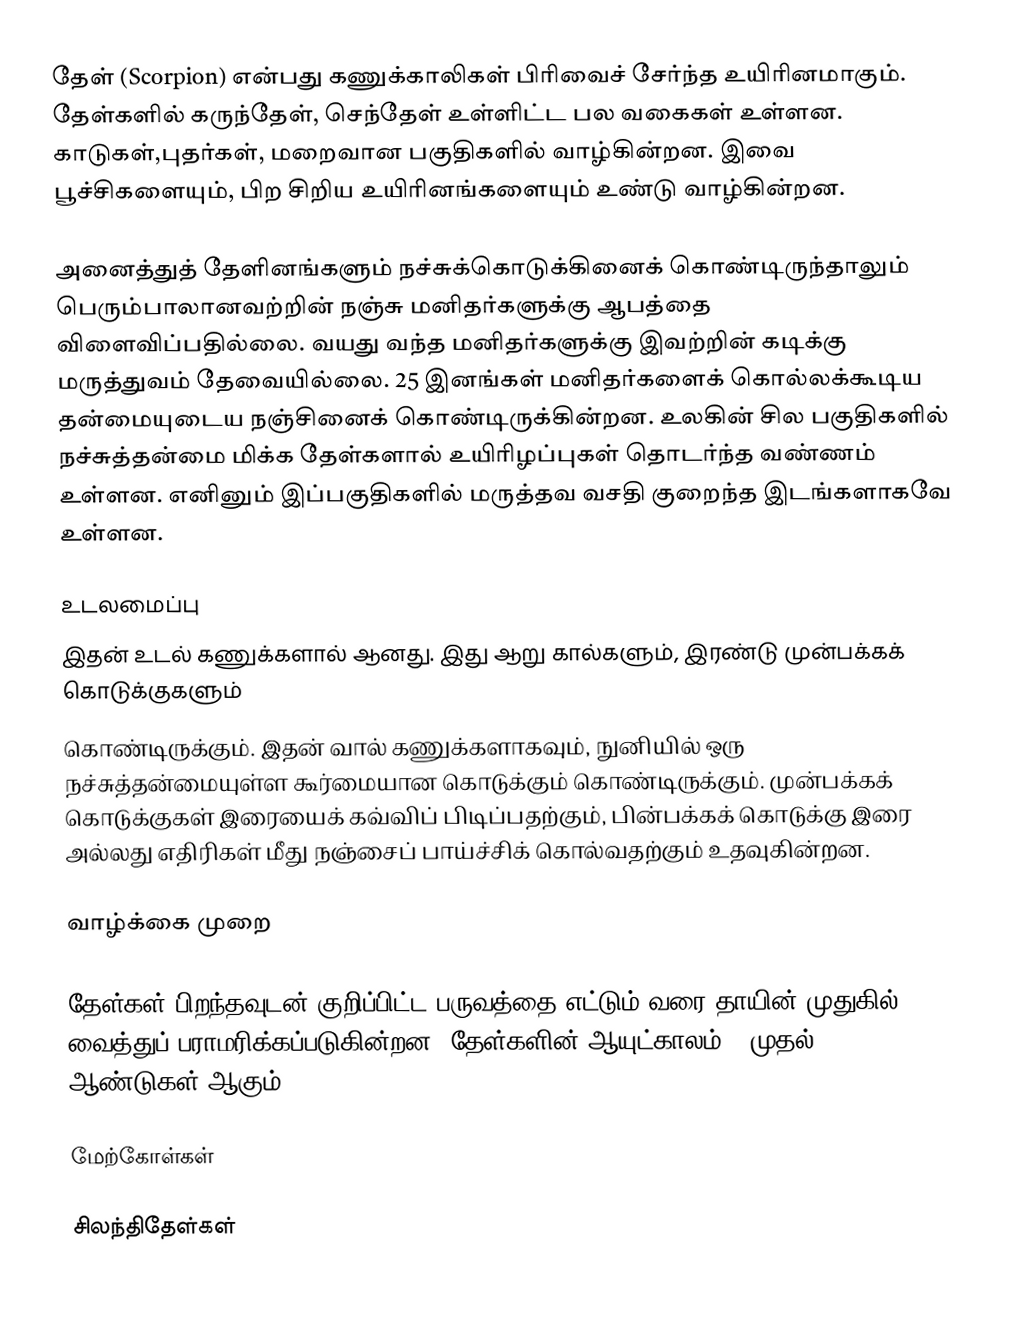
தேள் (Scorpion)  என்பது கணுக்காலிகள் பிரிவைச் சேர்ந்த உயிரினமாகும். தேள்களில் கருந்தேள், செந்தேள் உள்ளிட்ட பல வகைகள் உள்ளன. காடுகள்,புதர்கள், மறைவான பகுதிகளில் வாழ்கின்றன. இவை பூச்சிகளையும், பிற சிறிய உயிரினங்களையும் உண்டு வாழ்கின்றன.

அனைத்துத் தேளினங்களும் நச்சுக்கொடுக்கினைக் கொண்டிருந்தாலும் பெரும்பாலானவற்றின் நஞ்சு மனிதர்களுக்கு ஆபத்தை விளைவிப்பதில்லை. வயது வந்த மனிதர்களுக்கு இவற்றின் கடிக்கு மருத்துவம் தேவையில்லை. 25 இனங்கள் மனிதர்களைக் கொல்லக்கூடிய தன்மையுடைய நஞ்சினைக் கொண்டிருக்கின்றன. உலகின் சில பகுதிகளில் நச்சுத்தன்மை மிக்க தேள்களால் உயிரிழப்புகள் தொடர்ந்த வண்ணம் உள்ளன. எனினும் இப்பகுதிகளில் மருத்தவ வசதி குறைந்த இடங்களாகவே உள்ளன.

உடலமைப்பு
இதன் உடல் கணுக்களால் ஆனது. இது ஆறு கால்களும், இரண்டு முன்பக்கக் கொடுக்குகளும்
கொண்டிருக்கும். இதன் வால் கணுக்களாகவும், நுனியில் ஒரு நச்சுத்தன்மையுள்ள கூர்மையான கொடுக்கும் கொண்டிருக்கும். முன்பக்கக் கொடுக்குகள் இரையைக் கவ்விப் பிடிப்பதற்கும், பின்பக்கக் கொடுக்கு இரை அல்லது எதிரிகள் மீது நஞ்சைப் பாய்ச்சிக் கொல்வதற்கும் உதவுகின்றன.

வாழ்க்கை முறை

தேள்கள் பிறந்தவுடன் குறிப்பிட்ட பருவத்தை எட்டும் வரை தாயின் முதுகில் வைத்துப் பராமரிக்கப்படுகின்றன. தேள்களின் ஆயுட்காலம் 4 முதல் 25 ஆண்டுகள் ஆகும்.

மேற்கோள்கள்

சிலந்திதேள்கள்